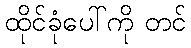
ထိုင်ခုံပေါ်ကို တင်